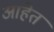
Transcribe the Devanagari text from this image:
आहेेत